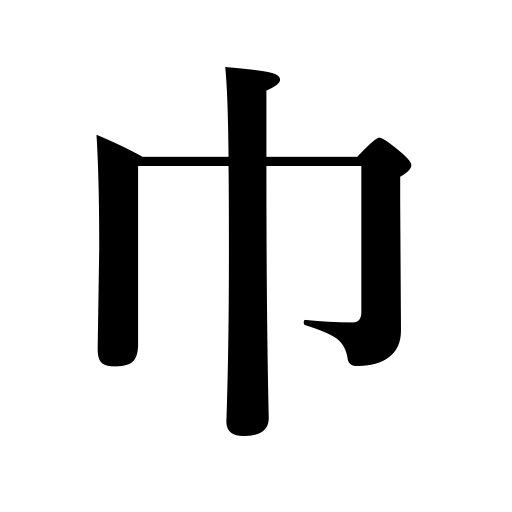
Meanings: towel